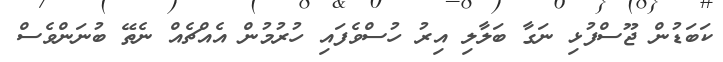
ކަބަޑުން ޖޫސްފުޅި ނަގާ ބަލާލި އިރު ހުސްވެފައި ހުރުމުން އެއްޗެއް ނެތޭ ބުނަންވެސް